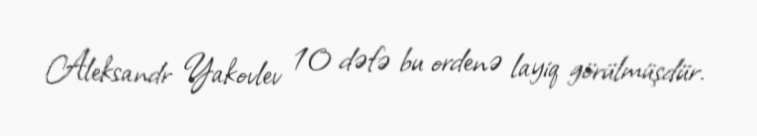
Aleksandr Yakovlev 10 dəfə bu ordenə layiq görülmüşdür.